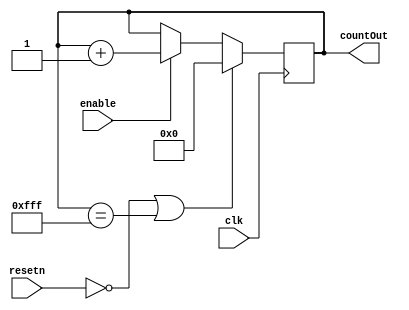
module movementCounter(resetn, clk, enable, countOut);
	input resetn, clk, enable;
	output reg [11: 0] countOut;
	
	always @(posedge clk)
	begin
		if (resetn == 1'b0 || countOut == 12'b111111111111)
			countOut <= 0;
		else if (enable == 1)
			countOut <= countOut + 1;
	end
endmodule